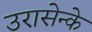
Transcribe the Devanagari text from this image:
उरासेन्के